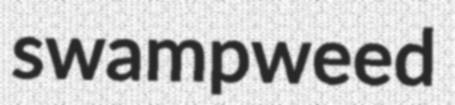
swampweed